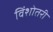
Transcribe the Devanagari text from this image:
विंशोतरी